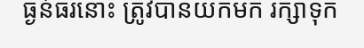
ធ្ងន់ធរនោះ ត្រូវបានយកមក រក្សាទុក